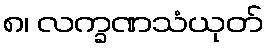
၈၊ လက္ခဏသံယုတ်